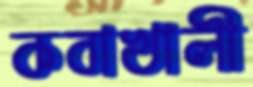
কবাখালী